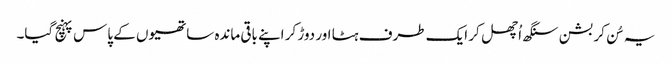
یہ سُن کر بشن سنگھ اُچھل کر ایک طرف ہٹا اور دوڑ کر اپنے باقی ماندہ ساتھیوں کے پاس پہنچ گیا۔